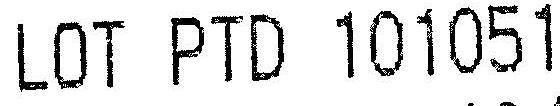
LOT PTD 101051